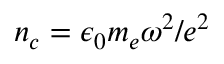
n _ { c } = \epsilon _ { 0 } m _ { e } \omega ^ { 2 } / e ^ { 2 }